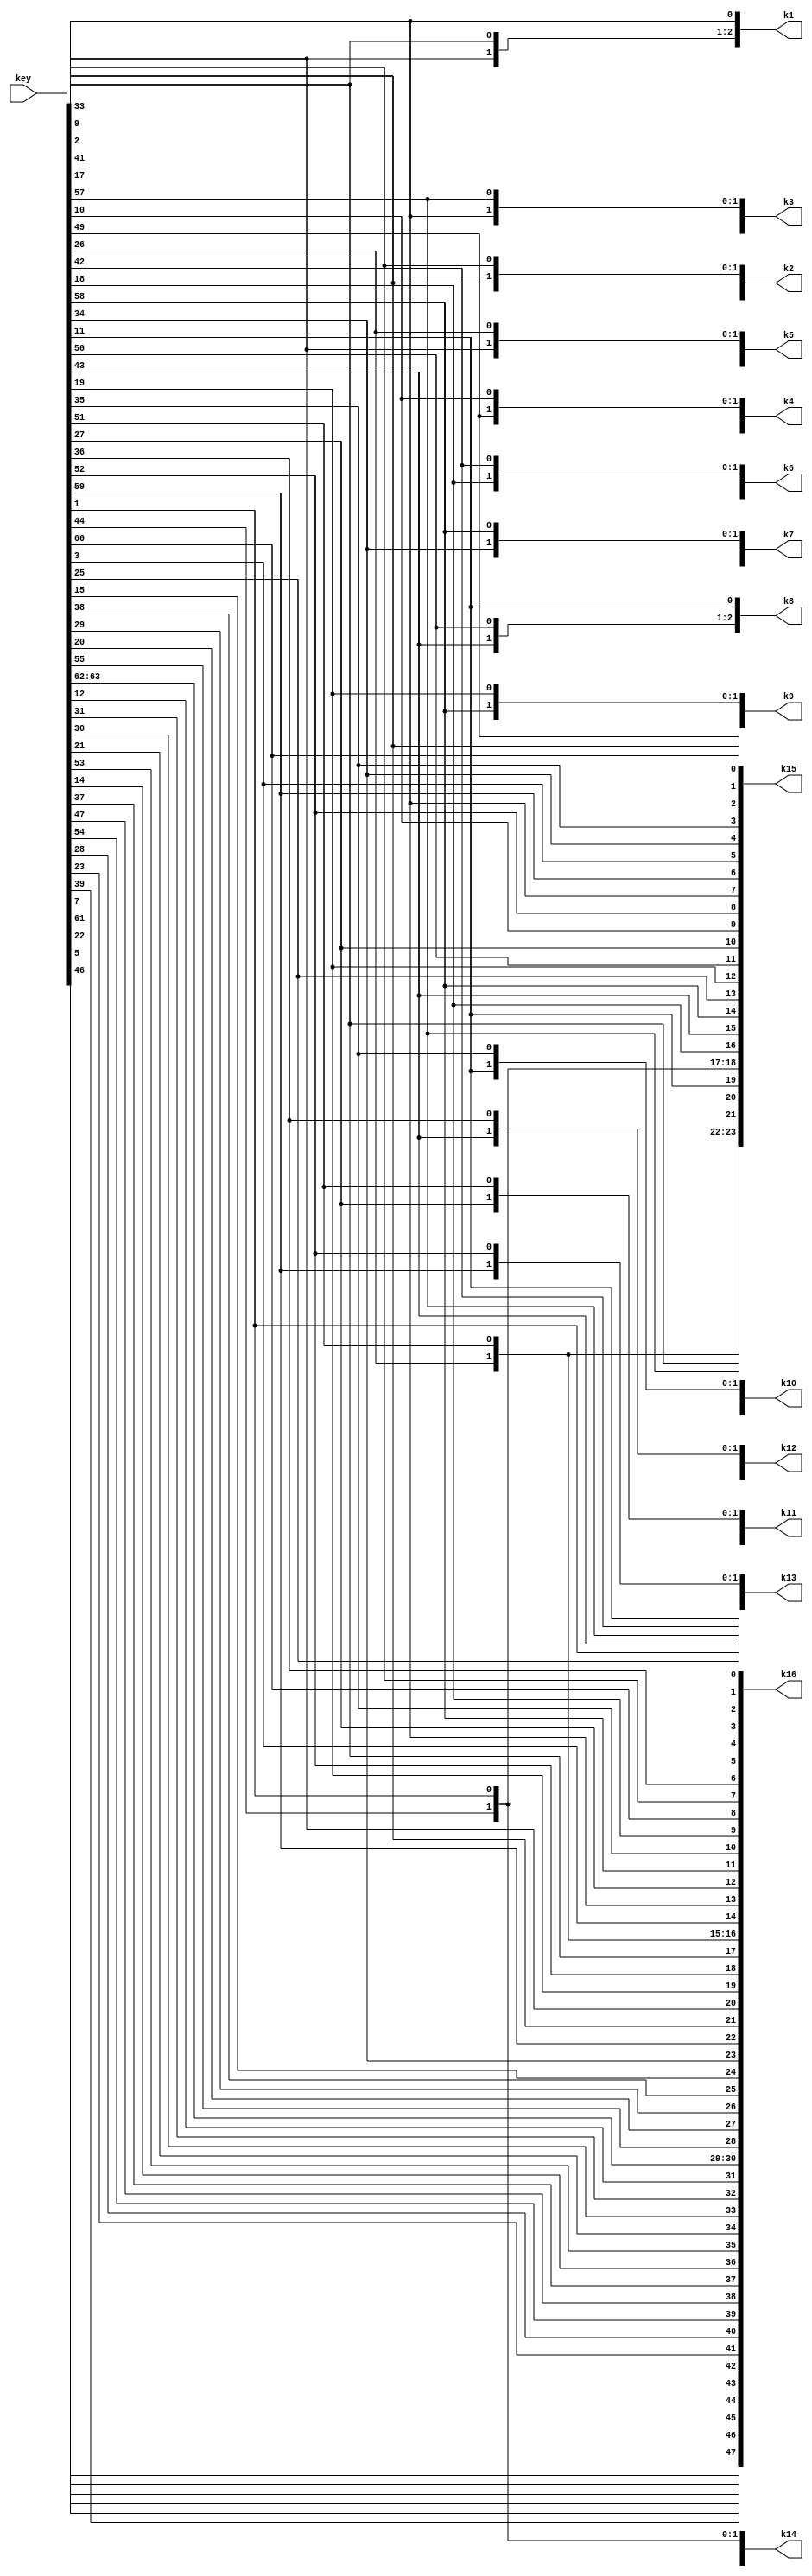
`timescale 1ns / 1ps

module ProcessKey(output reg [48:1] k1,k2,k3,k4,k5,k6,k7,k8,k9,k10,k11,k12,k13,k14,k15,k16,input [64:1] key);
  
  function [56:1] PC1_perm(input [64:1] key);
    integer PC1[56:1];
    integer i;
    reg [56:1] temp_perm;
    begin
			PC1[1] = 57;PC1[2] = 49;PC1[3] = 41;PC1[4] = 33;PC1[5] = 25;PC1[6] = 17;PC1[7] = 9;PC1[8] = 1;PC1[9] = 58;PC1[10] = 50;PC1[11] = 42;PC1[12] = 34;PC1[13] = 26;PC1[14] = 18;PC1[15] = 10;PC1[16] = 2;PC1[17] = 59;PC1[18] = 51;PC1[19] = 43;PC1[20] = 35;PC1[21] = 27;PC1[22] = 19;PC1[23] = 11;PC1[24] = 3;PC1[25] = 60;PC1[26] = 52;PC1[27] = 44;PC1[28] = 36;PC1[29] = 63;PC1[30] = 55;PC1[31] = 47;PC1[32] = 39;PC1[33] = 31;PC1[34] = 23;PC1[35] = 15;PC1[36] = 7;PC1[37] = 62;PC1[38] = 54;PC1[39] = 46;PC1[40] = 38;PC1[41] = 30;PC1[42] = 22;PC1[43] = 14;PC1[44] = 6;PC1[45] = 61;PC1[46] = 53;PC1[47] = 45;PC1[48] = 37;PC1[49] = 29;PC1[50] = 21;PC1[51] = 13;PC1[52] = 5;PC1[53] = 28;PC1[54] = 20;PC1[55] = 12;PC1[56] = 4;
			
			for(i=1; i<=56; i=i+1)
        temp_perm[56-i+1] = key[64-PC1[i]+1];
			
			PC1_perm = temp_perm;
    end
  endfunction
  
  function [48:1] PC2_perm(input [56:1] key_s);
    integer PC2[48:1];
    integer i;
    reg [48:1] temp_perm;
    begin
		PC2[1] = 14;PC2[2] = 17;PC2[3] = 11;PC2[4] = 24;PC2[5] = 1;PC2[6] = 5;PC2[7] = 3;PC2[8] = 28;PC2[9] = 15;PC2[10] = 6;PC2[11] = 21;PC2[12] = 10;PC2[13] = 23;PC2[14] = 19;PC2[15] = 12;PC2[16] = 4;PC2[17] = 26;PC2[18] = 8;PC2[19] = 16;PC2[20] = 7;PC2[21] = 27;PC2[22] = 20;PC2[23] = 13;PC2[24] = 2;PC2[25] = 41;PC2[26] = 52;PC2[27] = 31;PC2[28] = 37;PC2[29] = 47;PC2[30] = 55;PC2[31] = 30;PC2[32] = 40;PC2[33] = 51;PC2[34] = 45;PC2[35] = 33;PC2[36] = 48;PC2[37] = 44;PC2[38] = 49;PC2[39] = 39;PC2[40] = 56;PC2[41] = 34;PC2[42] = 53;PC2[43] = 46;PC2[44] = 42;PC2[45] = 50;PC2[46] = 36;PC2[47] = 29;PC2[48] = 32;
			
			for(i=1; i<=48; i=i+1)
        temp_perm[48-i+1] = key_s[56-PC2[i]+1];

			PC2_perm = temp_perm;
    end
  endfunction

  function [56:1] C_i_D_i(input integer i, input [28:1] C_last, D_last);
    integer shift_left[1:16];
    begin
      shift_left[1] = 1;
      shift_left[2] = 1;
      shift_left[3] = 2;
      shift_left[4] = 2;
      shift_left[5] = 2;
      shift_left[6] = 2;
      shift_left[7] = 2;
      shift_left[8] = 2;
      shift_left[9] = 1;
      shift_left[10] = 2;
      shift_left[11] = 2;
      shift_left[12] = 2;
      shift_left[13] = 2;
      shift_left[14] = 2;
      shift_left[15] = 2;
      shift_left[16] = 1;
      
      if(shift_left[i] == 'd1)
        C_i_D_i = {C_last[27:1], C_last[28], D_last[27:1], D_last[28]};
      else if(shift_left[i] == 'd2)
        C_i_D_i = {C_last[26:1], C_last[28:27], D_last[26:1], D_last[28:27]};
      
    end
  endfunction

  reg [56:1] temp_pc1;
  reg [28:1] C[16:0], D[16:0];
  reg [48:1] K[1:16];
  integer i;
  
  always @(key)
  begin
    temp_pc1 = PC1_perm(key);
    C[0] = temp_pc1[56:29];
    D[0] = temp_pc1[28:1];
    for(i=1; i<=16; i=i+1)
    begin
      {C[i], D[i]} = C_i_D_i(i, C[i-1], D[i-1]);
      K[i] = PC2_perm({C[i], D[i]});
    end
    
    k1 = K[1];
    k2 = K[2];
    k3 = K[3];
    k4 = K[4];
    k5 = K[5];
    k6 = K[6];
    k7 = K[7];
    k8 = K[8];
    k9 = K[9];
    k10 = K[10];
    k11 = K[11];
    k12 = K[12];
    k13 = K[13];
    k14 = K[14];
    k15 = K[15];
    k16 = K[16];
  end
endmodule

module enigma(img,key,enigma);
       input [64:1] img;
       input [64:1] key;
       output reg [64:1] enigma;
       

       function [64:1] IPerm(input [64:1] img);
        integer IP[64:1];
        reg [64:1] z;
        integer i;
              begin
                     IP[1] = 40;
			IP[2] = 8;
			IP[3] = 48;
			IP[4] = 16;
			IP[5] = 56;
			IP[6] = 24;
			IP[7] = 64;
			IP[8] = 32;
			IP[9] = 39;
			IP[10] = 7;
			IP[11] = 47;
			IP[12] = 15;
			IP[13] = 55;
			IP[14] = 23;
			IP[15] = 63;
			IP[16] = 31;
			IP[17] = 38;
			IP[18] = 6;
			IP[19] = 46;
			IP[20] = 14;
			IP[21] = 54;
			IP[22] = 22;
			IP[23] = 62;
			IP[24] = 30;
			IP[25] = 37;
			IP[26] = 5;
			IP[27] = 45;
			IP[28] = 13;
			IP[29] = 53;
			IP[30] = 21;
			IP[31] = 61;
			IP[32] = 29;
			IP[33] = 36;
			IP[34] = 4;
			IP[35] = 44;
			IP[36] = 12;
			IP[37] = 52;
			IP[38] = 20;
			IP[39] = 60;
			IP[40] = 28;
			IP[41] = 35;
			IP[42] = 3;
			IP[43] = 43;
			IP[44] = 11;
			IP[45] = 51;
			IP[46] = 19;
			IP[47] = 59;
			IP[48] = 27;
			IP[49] = 34;
			IP[50] = 2;
			IP[51] = 42;
			IP[52] = 10;
			IP[53] = 50;
			IP[54] = 18;
			IP[55] = 58;
			IP[56] = 26;
			IP[57] = 33;
			IP[58] = 1;
			IP[59] = 41;
			IP[60] = 9;
			IP[61] = 49;
			IP[62] = 17;
			IP[63] = 57;
			IP[64] = 25;
              for(i=1; i<65; i++)
              z[i] = img[IP[i]];
              end
       endfunction

       function [48:1] exp(input [32:1] Ri);
        integer E[48:1];
        reg [48:1]z2;
        integer i;
              begin
                     E[1] = 32;
			E[2] = 1;
			E[3] = 2;
			E[4] = 3;
			E[5] = 4;
			E[6] = 5;
			E[7] = 4;
			E[8] = 5;
			E[9] = 6;
			E[10] = 7;
			E[11] = 8;
			E[12] = 9;
			E[13] = 8;
			E[14] = 9;
			E[15] = 10;
			E[16] = 11;
			E[17] = 12;
			E[18] = 13;
			E[19] = 12;
			E[20] = 13;
			E[21] = 14;
			E[22] = 15;
			E[23] = 16;
			E[24] = 17;
			E[25] = 16;
			E[26] = 17;
			E[27] = 18;
			E[28] = 19;
			E[29] = 20;
			E[30] = 21;
			E[31] = 20;
			E[32] = 21;
			E[33] = 22;
			E[34] = 23;
			E[35] = 24;
			E[36] = 25;
			E[37] = 24;
			E[38] = 25;
			E[39] = 26;
			E[40] = 27;
			E[41] = 28;
			E[42] = 29;
			E[43] = 28;
			E[44] = 29;
			E[45] = 30;
			E[46] = 31;
			E[47] = 32;
			E[48] = 1;
              for(i=1; i<49; i++)
              z2[i] = Ri[E[i]];
              end
       endfunction
       
       function [4:1] sub(input [6:1] sin,input n); // n is nth sub box
       integer s1[3:0][15:0] ;
       integer s2[3:0][15:0] ;
       integer s3[3:0][15:0] ;
       integer s4[3:0][15:0] ;
       integer s5[3:0][15:0] ;
       integer s6[3:0][15:0] ;
       integer s7[3:0][15:0] ;
       integer s8[3:0][15:0] ;
        reg [2:1] m;
        reg [4:1] l;
       begin
s1[0][0] = 14;s1[0][1] = 4;s1[0][2] = 13;s1[0][3] = 1;s1[0][4] = 2;s1[0][5] = 15;s1[0][6] = 11;s1[0][7] = 8;s1[0][8] = 3;s1[0][9] = 10;s1[0][10] = 6;s1[0][11] = 12;s1[0][12] = 5;s1[0][13] = 9;s1[0][14] = 0;s1[0][15] = 7;
s1[1][0] = 0;s1[1][1] = 15;s1[1][2] = 7;s1[1][3] = 4;s1[1][4] = 14;s1[1][5] = 2;s1[1][6] = 13;s1[1][7] = 1;s1[1][8] = 10;s1[1][9] = 6;s1[1][10] = 12;s1[1][11] = 11;s1[1][12] = 9;s1[1][13] = 5;s1[1][14] = 3;s1[1][15] = 8;
s1[2][0] = 4;s1[2][1] = 1;s1[2][2] = 14;s1[2][3] = 8;s1[2][4] = 13;s1[2][5] = 6;s1[2][6] = 2;s1[2][7] = 11;s1[2][8] = 15;s1[2][9] = 12;s1[2][10] = 9;s1[2][11] = 7;s1[2][12] = 3;s1[2][13] = 10;s1[2][14] = 5;s1[2][15] = 0;
s1[3][0] = 15;s1[3][1] = 12;s1[3][2] = 8;s1[3][3] = 2;s1[3][4] = 4;s1[3][5] = 9;s1[3][6] = 1;s1[3][7] = 7;s1[3][8] = 5;s1[3][9] = 11;s1[3][10] = 3;s1[3][11] = 14;s1[3][12] = 10;s1[3][13] = 0;s1[3][14] = 6;s1[3][15] = 13;
s2[0][0] = 15;s2[0][1] = 1;s2[0][2] = 8;s2[0][3] = 14;s2[0][4] = 6;s2[0][5] = 11;s2[0][6] = 3;s2[0][7] = 4;s2[0][8] = 9;s2[0][9] = 7;s2[0][10] = 2;s2[0][11] = 13;s2[0][12] = 12;s2[0][13] = 0;s2[0][14] = 5;s2[0][15] = 10;
s2[1][0] = 3;s2[1][1] = 13;s2[1][2] = 4;s2[1][3] = 7;s2[1][4] = 15;s2[1][5] = 2;s2[1][6] = 8;s2[1][7] = 14;s2[1][8] = 12;s2[1][9] = 0;s2[1][10] = 1;s2[1][11] = 10;s2[1][12] = 6;s2[1][13] = 9;s2[1][14] = 11;s2[1][15] = 5;
s2[2][0] = 0;s2[2][1] = 14;s2[2][2] = 7;s2[2][3] = 11;s2[2][4] = 10;s2[2][5] = 4;s2[2][6] = 13;s2[2][7] = 1;s2[2][8] = 5;s2[2][9] = 8;s2[2][10] = 12;s2[2][11] = 6;s2[2][12] = 9;s2[2][13] = 3;s2[2][14] = 2;s2[2][15] = 15;
s2[3][0] = 13;s2[3][1] = 8;s2[3][2] = 10;s2[3][3] = 1;s2[3][4] = 3;s2[3][5] = 15;s2[3][6] = 4;s2[3][7] = 2;s2[3][8] = 11;s2[3][9] = 6;s2[3][10] = 7;s2[3][11] = 12;s2[3][12] = 0;s2[3][13] = 5;s2[3][14] = 14;s2[3][15] = 9;
s3[0][0] = 10;s3[0][1] = 0;s3[0][2] = 9;s3[0][3] = 14;s3[0][4] = 6;s3[0][5] = 3;s3[0][6] = 15;s3[0][7] = 5;s3[0][8] = 1;s3[0][9] = 13;s3[0][10] = 12;s3[0][11] = 7;s3[0][12] = 11;s3[0][13] = 4;s3[0][14] = 2;s3[0][15] = 8;
s3[1][0] = 13;s3[1][1] = 7;s3[1][2] = 0;s3[1][3] = 9;s3[1][4] = 3;s3[1][5] = 4;s3[1][6] = 6;s3[1][7] = 10;s3[1][8] = 2;s3[1][9] = 8;s3[1][10] = 5;s3[1][11] = 14;s3[1][12] = 12;s3[1][13] = 11;s3[1][14] = 15;s3[1][15] = 1;
s3[2][0] = 13;s3[2][1] = 6;s3[2][2] = 4;s3[2][3] = 9;s3[2][4] = 8;s3[2][5] = 15;s3[2][6] = 3;s3[2][7] = 0;s3[2][8] = 11;s3[2][9] = 1;s3[2][10] = 2;s3[2][11] = 12;s3[2][12] = 5;s3[2][13] = 10;s3[2][14] = 14;s3[2][15] = 7;
s3[3][0] = 1;s3[3][1] = 10;s3[3][2] = 13;s3[3][3] = 0;s3[3][4] = 6;s3[3][5] = 9;s3[3][6] = 8;s3[3][7] = 7;s3[3][8] = 4;s3[3][9] = 15;s3[3][10] = 14;s3[3][11] = 3;s3[3][12] = 11;s3[3][13] = 5;s3[3][14] = 2;s3[3][15] = 12;
s4[0][0] = 7;s4[0][1] = 13;s4[0][2] = 14;s4[0][3] = 3;s4[0][4] = 0;s4[0][5] = 6;s4[0][6] = 9;s4[0][7] = 10;s4[0][8] = 1;s4[0][9] = 2;s4[0][10] = 8;s4[0][11] = 5;s4[0][12] = 11;s4[0][13] = 12;s4[0][14] = 4;s4[0][15] = 15;
s4[1][0] = 13;s4[1][1] = 8;s4[1][2] = 11;s4[1][3] = 5;s4[1][4] = 6;s4[1][5] = 15;s4[1][6] = 0;s4[1][7] = 3;s4[1][8] = 4;s4[1][9] = 7;s4[1][10] = 2;s4[1][11] = 12;s4[1][12] = 1;s4[1][13] = 10;s4[1][14] = 14;s4[1][15] = 9;
s4[2][0] = 10;s4[2][1] = 6;s4[2][2] = 9;s4[2][3] = 0;s4[2][4] = 12;s4[2][5] = 11;s4[2][6] = 7;s4[2][7] = 13;s4[2][8] = 15;s4[2][9] = 1;s4[2][10] = 3;s4[2][11] = 14;s4[2][12] = 5;s4[2][13] = 2;s4[2][14] = 8;s4[2][15] = 4;
s4[3][0] = 3;s4[3][1] = 15;s4[3][2] = 0;s4[3][3] = 6;s4[3][4] = 10;s4[3][5] = 1;s4[3][6] = 13;s4[3][7] = 8;s4[3][8] = 9;s4[3][9] = 4;s4[3][10] = 5;s4[3][11] = 11;s4[3][12] = 12;s4[3][13] = 7;s4[3][14] = 2;s4[3][15] = 14;
s5[0][0] = 2;s5[0][1] = 12;s5[0][2] = 4;s5[0][3] = 1;s5[0][4] = 7;s5[0][5] = 10;s5[0][6] = 11;s5[0][7] = 6;s5[0][8] = 8;s5[0][9] = 5;s5[0][10] = 3;s5[0][11] = 15;s5[0][12] = 13;s5[0][13] = 0;s5[0][14] = 14;s5[0][15] = 9;
s5[1][0] = 14;s5[1][1] = 11;s5[1][2] = 2;s5[1][3] = 12;s5[1][4] = 4;s5[1][5] = 7;s5[1][6] = 13;s5[1][7] = 1;s5[1][8] = 5;s5[1][9] = 0;s5[1][10] = 15;s5[1][11] = 10;s5[1][12] = 3;s5[1][13] = 9;s5[1][14] = 8;s5[1][15] = 6;
s5[2][0] = 4;s5[2][1] = 2;s5[2][2] = 1;s5[2][3] = 11;s5[2][4] = 10;s5[2][5] = 13;s5[2][6] = 7;s5[2][7] = 8;s5[2][8] = 15;s5[2][9] = 9;s5[2][10] = 12;s5[2][11] = 5;s5[2][12] = 6;s5[2][13] = 3;s5[2][14] = 0;s5[2][15] = 14;
s5[3][0] = 11;s5[3][1] = 8;s5[3][2] = 12;s5[3][3] = 7;s5[3][4] = 1;s5[3][5] = 14;s5[3][6] = 2;s5[3][7] = 13;s5[3][8] = 6;s5[3][9] = 15;s5[3][10] = 0;s5[3][11] = 9;s5[3][12] = 10;s5[3][13] = 4;s5[3][14] = 5;s5[3][15] = 3;
s6[0][0] = 12;s6[0][1] = 1;s6[0][2] = 10;s6[0][3] = 15;s6[0][4] = 9;s6[0][5] = 2;s6[0][6] = 6;s6[0][7] = 8;s6[0][8] = 0;s6[0][9] = 13;s6[0][10] = 3;s6[0][11] = 4;s6[0][12] = 14;s6[0][13] = 7;s6[0][14] = 5;s6[0][15] = 11;
s6[1][0] = 10;s6[1][1] = 15;s6[1][2] = 4;s6[1][3] = 2;s6[1][4] = 7;s6[1][5] = 12;s6[1][6] = 9;s6[1][7] = 5;s6[1][8] = 6;s6[1][9] = 1;s6[1][10] = 13;s6[1][11] = 14;s6[1][12] = 0;s6[1][13] = 11;s6[1][14] = 3;s6[1][15] = 8;
s6[2][0] = 9;s6[2][1] = 14;s6[2][2] = 15;s6[2][3] = 5;s6[2][4] = 2;s6[2][5] = 8;s6[2][6] = 12;s6[2][7] = 3;s6[2][8] = 7;s6[2][9] = 0;s6[2][10] = 4;s6[2][11] = 10;s6[2][12] = 1;s6[2][13] = 13;s6[2][14] = 11;s6[2][15] = 6;
s6[3][0] = 4;s6[3][1] = 3;s6[3][2] = 2;s6[3][3] = 12;s6[3][4] = 9;s6[3][5] = 5;s6[3][6] = 15;s6[3][7] = 10;s6[3][8] = 11;s6[3][9] = 14;s6[3][10] = 1;s6[3][11] = 7;s6[3][12] = 6;s6[3][13] = 0;s6[3][14] = 8;s6[3][15] = 13;
s7[0][0] = 4;s7[0][1] = 11;s7[0][2] = 2;s7[0][3] = 14;s7[0][4] = 15;s7[0][5] = 0;s7[0][6] = 8;s7[0][7] = 13;s7[0][8] = 3;s7[0][9] = 12;s7[0][10] = 9;s7[0][11] = 7;s7[0][12] = 5;s7[0][13] = 10;s7[0][14] = 6;s7[0][15] = 1;
s7[1][0] = 13;s7[1][1] = 0;s7[1][2] = 11;s7[1][3] = 7;s7[1][4] = 4;s7[1][5] = 9;s7[1][6] = 1;s7[1][7] = 10;s7[1][8] = 14;s7[1][9] = 3;s7[1][10] = 5;s7[1][11] = 12;s7[1][12] = 2;s7[1][13] = 15;s7[1][14] = 8;s7[1][15] = 6;
s7[2][0] = 1;s7[2][1] = 4;s7[2][2] = 11;s7[2][3] = 13;s7[2][4] = 12;s7[2][5] = 3;s7[2][6] = 7;s7[2][7] = 14;s7[2][8] = 10;s7[2][9] = 15;s7[2][10] = 6;s7[2][11] = 8;s7[2][12] = 0;s7[2][13] = 5;s7[2][14] = 9;s7[2][15] = 2;
s7[3][0] = 6;s7[3][1] = 11;s7[3][2] = 13;s7[3][3] = 8;s7[3][4] = 1;s7[3][5] = 4;s7[3][6] = 10;s7[3][7] = 7;s7[3][8] = 9;s7[3][9] = 5;s7[3][10] = 0;s7[3][11] = 15;s7[3][12] = 14;s7[3][13] = 2;s7[3][14] = 3;s7[3][15] = 12;
s8[0][0] = 13;s8[0][1] = 2;s8[0][2] = 8;s8[0][3] = 4;s8[0][4] = 6;s8[0][5] = 15;s8[0][6] = 11;s8[0][7] = 1;s8[0][8] = 10;s8[0][9] = 9;s8[0][10] = 3;s8[0][11] = 14;s8[0][12] = 5;s8[0][13] = 0;s8[0][14] = 12;s8[0][15] = 7;
s8[1][0] = 1;s8[1][1] = 15;s8[1][2] = 13;s8[1][3] = 8;s8[1][4] = 10;s8[1][5] = 3;s8[1][6] = 7;s8[1][7] = 4;s8[1][8] = 12;s8[1][9] = 5;s8[1][10] = 6;s8[1][11] = 11;s8[1][12] = 0;s8[1][13] = 14;s8[1][14] = 9;s8[1][15] = 2;
s8[2][0] = 7;s8[2][1] = 11;s8[2][2] = 4;s8[2][3] = 1;s8[2][4] = 9;s8[2][5] = 12;s8[2][6] = 14;s8[2][7] = 2;s8[2][8] = 0;s8[2][9] = 6;s8[2][10] = 10;s8[2][11] = 13;s8[2][12] = 15;s8[2][13] = 3;s8[2][14] = 5;s8[2][15] = 8;
s8[3][0] = 2;s8[3][1] = 1;s8[3][2] = 14;s8[3][3] = 7;s8[3][4] = 4;s8[3][5] = 10;s8[3][6] = 8;s8[3][7] = 13;s8[3][8] = 15;s8[3][9] = 12;s8[3][10] = 9;s8[3][11] = 0;s8[3][12] = 3;s8[3][13] = 5;s8[3][14] = 6;s8[3][15] = 11;
       m[2:1] = {sin[6], sin[1]};
       l[4:1] = sin[5:2];
                  
        case(n)
        4'b0001:sub = s1[m][l];
        4'b0010:sub = s1[m][l];
        4'b0011:sub = s1[m][l];
        4'b0010:sub = s1[m][l];
        4'b0010:sub = s1[m][l];
        4'b0010:sub = s1[m][l];
        endcase
                    end
       endfunction
        
       
       function [32:1] perm_P(input [32:1] s_res);
     integer i;
     integer P[32:1];
     reg [32:1] temp_P;
     begin
		       P[1] = 16;
			P[2] = 7;
			P[3] = 20;
			P[4] = 21;
			P[5] = 29;
			P[6] = 12;
			P[7] = 28;
			P[8] = 17;
			P[9] = 1;
			P[10] = 15;
			P[11] = 23;
			P[12] = 26;
			P[13] = 5;
			P[14] = 18;
			P[15] = 31;
			P[16] = 10;
			P[17] = 2;
			P[18] = 8;
			P[19] = 24;
			P[20] = 14;
			P[21] = 32;
			P[22] = 27;
			P[23] = 3;
			P[24] = 9;
			P[25] = 19;
			P[26] = 13;
			P[27] = 30;
			P[28] = 6;
			P[29] = 22;
			P[30] = 11;
			P[31] = 4;
			P[32] = 25;

      for(i=1; i<=32; i=i+1)
      temp_P[32-i+1] = s_res[32-P[i]+1];
      perm_P = temp_P;
    end
  endfunction
       

function [64:1] IPinverse(input [64:1] message);
	  integer IPin[64:1];
     reg [64:1] temp_msg;
     integer i;
 	  begin
			IPin[1] = 40;
			IPin[2] = 8;
			IPin[3] = 48;
			IPin[4] = 16;
			IPin[5] = 56;
			IPin[6] = 24;
			IPin[7] = 64;
			IPin[8] = 32;
			IPin[9] = 39;
			IPin[10] = 7;
			IPin[11] = 47;
			IPin[12] = 15;
			IPin[13] = 55;
			IPin[14] = 23;
			IPin[15] = 63;
			IPin[16] = 31;
			IPin[17] = 38;
			IPin[18] = 6;
			IPin[19] = 46;
			IPin[20] = 14;
			IPin[21] = 54;
			IPin[22] = 22;
			IPin[23] = 62;
			IPin[24] = 30;
			IPin[25] = 37;
			IPin[26] = 5;
			IPin[27] = 45;
			IPin[28] = 13;
			IPin[29] = 53;
			IPin[30] = 21;
			IPin[31] = 61;
			IPin[32] = 29;
			IPin[33] = 36;
			IPin[34] = 4;
			IPin[35] = 44;
			IPin[36] = 12;
			IPin[37] = 52;
			IPin[38] = 20;
			IPin[39] = 60;
			IPin[40] = 28;
			IPin[41] = 35;
			IPin[42] = 3;
			IPin[43] = 43;
			IPin[44] = 11;
			IPin[45] = 51;
			IPin[46] = 19;
			IPin[47] = 59;
			IPin[48] = 27;
			IPin[49] = 34;
			IPin[50] = 2;
			IPin[51] = 42;
			IPin[52] = 10;
			IPin[53] = 50;
			IPin[54] = 18;
			IPin[55] = 58;
			IPin[56] = 26;
			IPin[57] = 33;
			IPin[58] = 1;
			IPin[59] = 41;
			IPin[60] = 9;
			IPin[61] = 49;
			IPin[62] = 17;
			IPin[63] = 57;
			IPin[64] = 25;

			for(i=1; i<=64; i=i+1)
            temp_msg[i] = message[IPin[i]];
           IPinverse = temp_msg;
 	  end
  endfunction
       
    function [32:1] f(input [32:1] R, input [48:1] K);
    reg [48:1] temp;
    reg [32:1] temp_after_s_box;
    reg [5:0] B[8:1];
    begin
      temp = K ^ exp(R);
      B[1] = temp[48:43];
      B[2] = temp[42:37];
      B[3] = temp[36:31];
      B[4] = temp[30:25];
      B[5] = temp[24:19];
      B[6] = temp[18:13];
      B[7] = temp[12:7];
      B[8] = temp[6:1];
      
      temp_after_s_box = {sub(B[1], 5'd1), sub(B[2], 5'd2), sub(B[3], 5'd3), sub(B[4], 5'd4),
                          sub(B[5], 5'd5), sub(B[6], 5'd6), sub(B[7], 5'd7), sub(B[8], 5'd8)};

      f = perm_P(temp_after_s_box);
    end
  endfunction    

  reg [64:1] new_msg;
  reg [32:1] L[16:0], R[16:0];
  wire [48:1] k1, k2, k3, k4, k5, k6, k7, k8, k9, k10, k11, k12, k13, k14, k15, k16;
  reg [48:1] K[16:1];
  integer i;
  ProcessKey pk(k1, k2, k3, k4, k5, k6, k7, k8, k9, k10, k11, k12, k13, k14, k15, k16, key);

  always @(*)
  begin
    new_msg = IPerm(img);
    {L[0], R[0]} = new_msg;

    K[1] = k1; K[2] = k2; K[3] = k3; K[4] = k4; K[5] = k5; K[6] = k6; K[7] = k7; K[8] = k8; K[9] = k9; K[10] = k10; K[11] = k11; K[12] = k12; K[13] = k13; K[14] = k14; K[15] = k15; K[16] = k16; 

    for(i=1; i<=16; i=i+1)
    begin
      L[i]=R[i-1];
      R[i]=L[i-1] ^ f(R[i-1], K[i]);
    end
    enigma[64:1] = IPinverse({R[16], L[16]});
  end  
endmodule